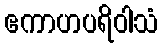
ဧကာဟပရိဝါသံ